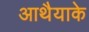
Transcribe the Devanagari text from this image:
आथैयाके